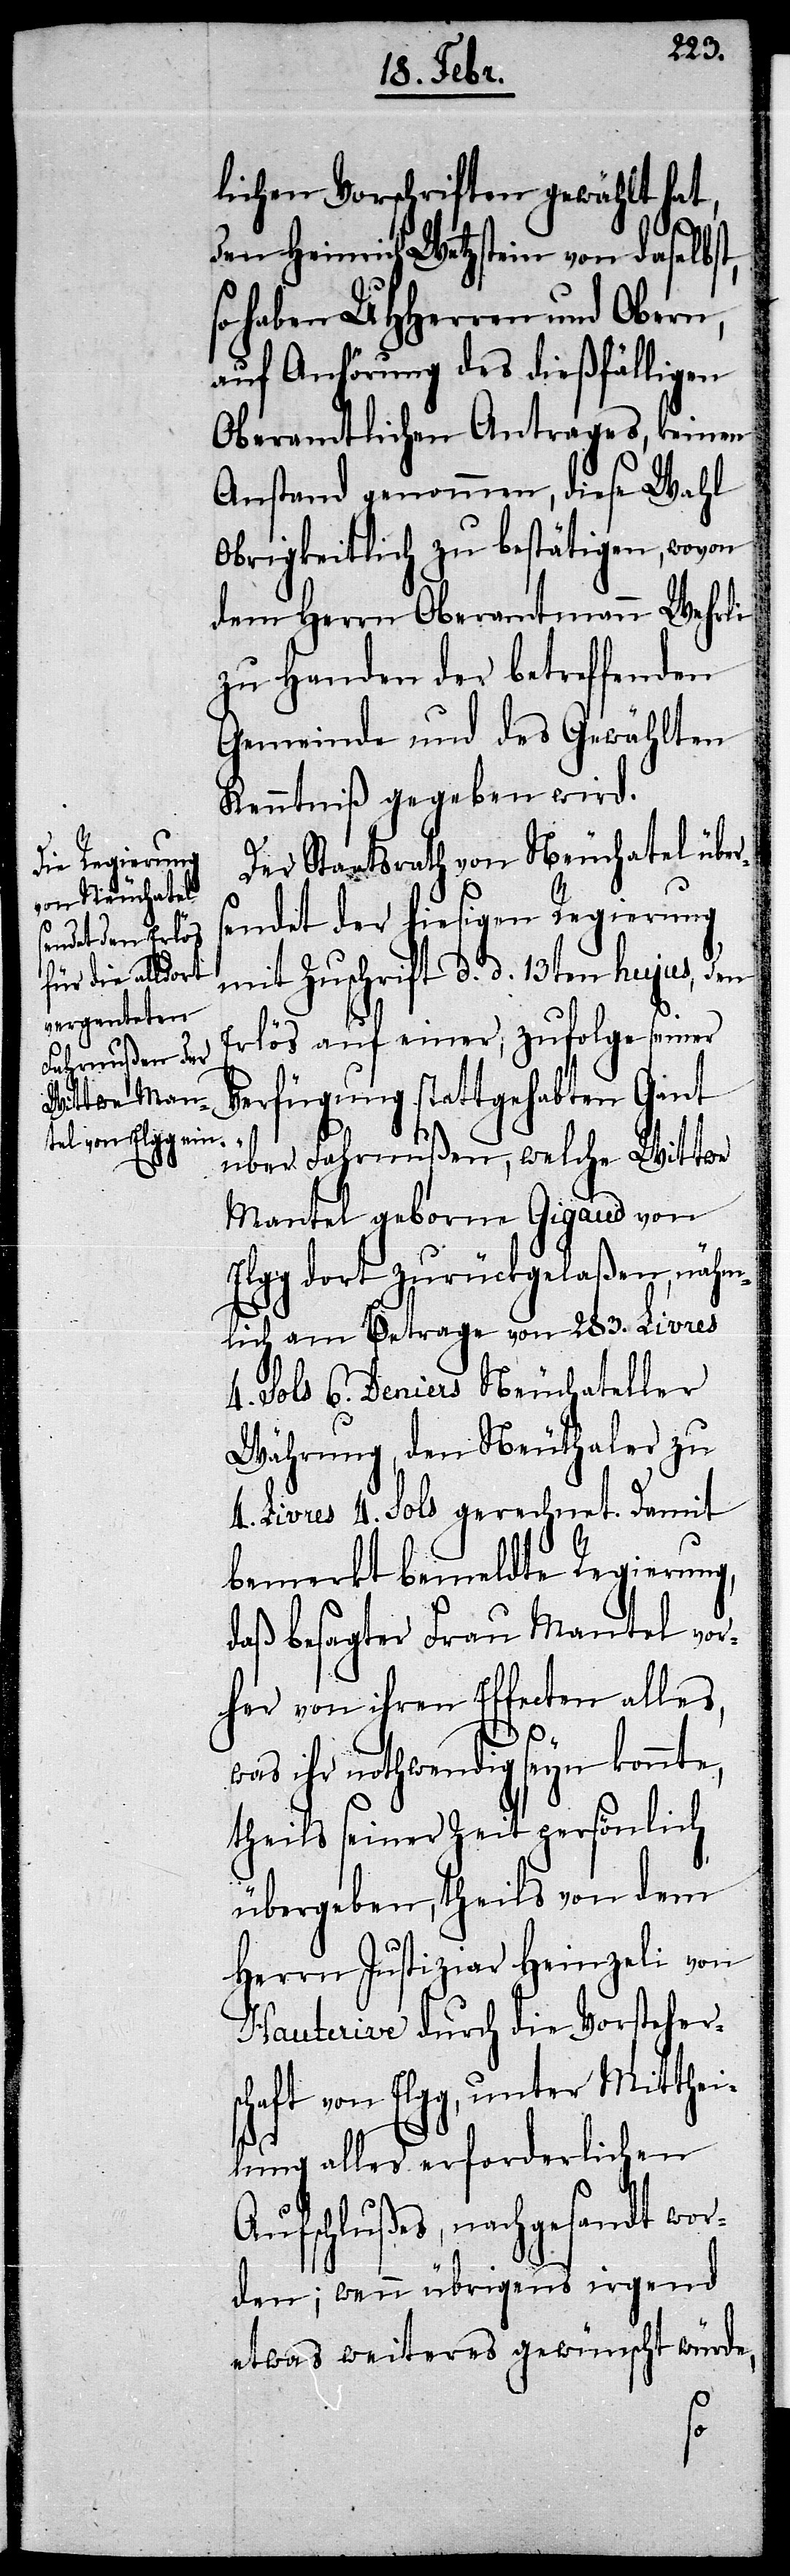
lichen Vorschriften gewählt hat,
den Heinrich Wetzstein von daselbst,
so haben UHHerren und Obern,
auf Anhörung des dießfälligen
Oberamtlichen Antrages, keinen
Anstand genommen, diese Wahl
Obrigkeitlich zu bestätigen, wovon
dem Herrn Oberamtmann Wehrli
zu Handen der betreffenden
Gemeinde und des Gewählten
Kenntniß gegeben wird.
Der Staatsrath von Neuchatel übe¬
endet der hiesigen Regierung
mit Zuschrift d. d. 13ten hujus, den
Erlös auf einer, zufolge seiner
Verfügung stattgehabten Gant
über Fahrnußen, welche Wittwe
Mantel geborne Gigaud von
Elgg dort zurückgelaßen, nähm¬
lich am Betrage von 283. Livres
4. Sols 6. Deniers Neuchateller
Währung, den Neuthaler zu
4. Livres 4. Sols gerechnet. Damit
bemerkt bemeldte Regierung,
daß besagter Frau Mantel vor¬
her von ihren Effecten alles,
was ihr nothwendig seyn konnte,
theils seiner Zeit persönlich
übergeben, theils von dem
Herrn Justiziar Heinzeli von
Hauterive durch die Vorstehers¬
chaft von Elgg, unter Mitthei¬
lung alles erforderlichen
Aufschlußes, nachgesandt wor¬
den; wenn übrigens irgend
etwas weiteres gewünscht würde,
s¬